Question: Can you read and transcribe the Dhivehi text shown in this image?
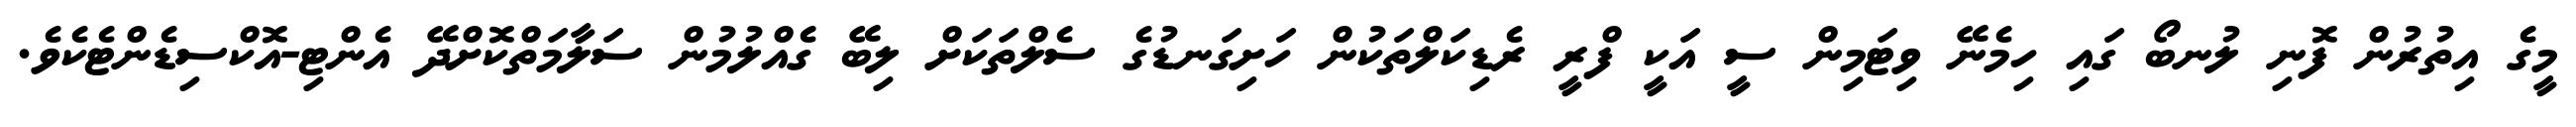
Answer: މީގެ އިތުރުން ފޮނި ލުނބޯ ގައި ހިމެނޭ ވިޓަމިން ސީ އަކީ ފްރީ ރެޑިކަލްތަކުން ހަށިގަނޑުގެ ސެލްތަކަށް ލިބޭ ގެއްލުމުން ސަލާމަތްކޮށްދޭ އެންޓި-އޮކްސިޑެންޓެކެވެ.